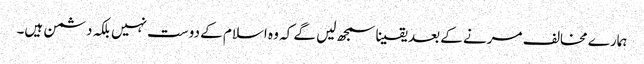
ہمارے مخالف مرنے کے بعد یقینا سمجھ لیں گے کہ وہ اسلام کے دوست نہیں بلکہ دشمن ہیں۔